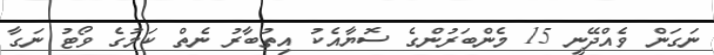
ނަގަން ވެއްދޭނީ 15 މެންބަރުންގެ ސޮޔާއެކު އިތުބާރު ނެތް ކަމުގެ ވޯޓު ނަގާ